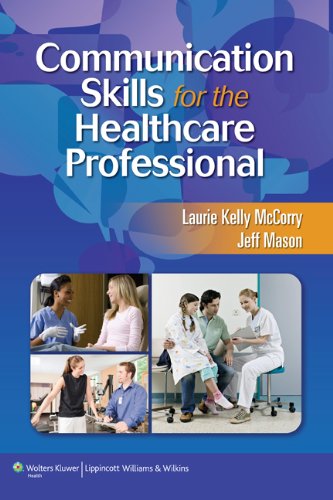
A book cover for Communication Skills for the Healthcare Professional; Laurie Kelly McCorry PhD; Medical Books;